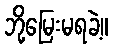
ဘို့မြေးမရခဲ့။